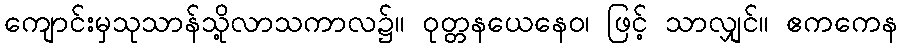
ကျောင်းမှသုသာန်သို့လာသကာလ၌။ ဝုတ္တနယေနေဝ၊ ဖြင့် သာလျှင်။ ဧကကေန